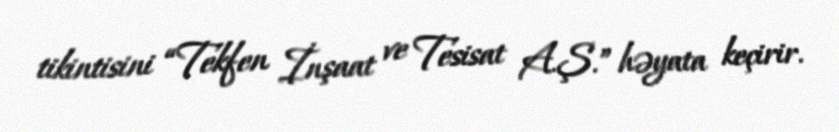
tikintisini “Tekfen İnşaat ve Tesisat A.Ş.” həyata keçirir.